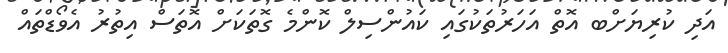
އަދި ކުރިޔަށްބ އޮތް އަހަރުތަކުގައި ކައުންސިލް ކޮންމެ ގޮތަކަށް އޮތަސް އިތުރު އެވޯޑްތައް